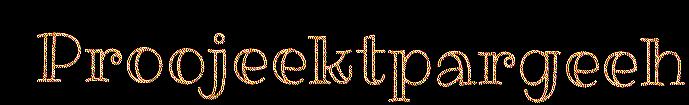
Proojeektpargeeh